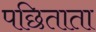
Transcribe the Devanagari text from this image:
पछिताता